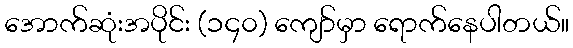
အောက်ဆုံးအပိုင်း (၁၄၀) ကျော်မှာ ရောက်နေပါတယ်။